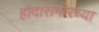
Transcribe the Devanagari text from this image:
हौदासमोरच्या